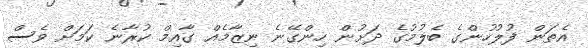
އެތަން ފުލުހުންގެ ބެލުމުގެ ދަށުން ހިންގޭނެ ނިޒާމެއް ގާއިމް ކުރާނެ ކަމަށް ވެސް